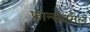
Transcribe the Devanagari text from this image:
फ्रान्सवरील